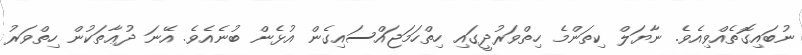
ނުބައިގޮތެއްވިއެވެ. ނާޔަލް ކިތަންމެ ހިތްވަރުދީގައި ހިތްހަމަޖައްސައިގެން އުޅެން ބުނެއެވެ. އޭނަ ދުޢާތަކުން ހިތްވަރު